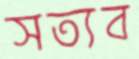
সত্যব